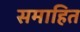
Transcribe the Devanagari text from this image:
समाहित